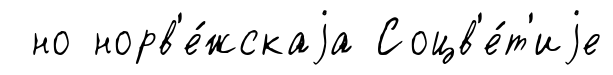
но норв'е́жскаjа Соцв'е́т'иjе